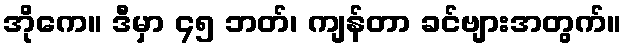
အိုကေ။ ဒီမှာ ၄၅ ဘတ်၊ ကျန်တာ ခင်ဗျားအတွက်။